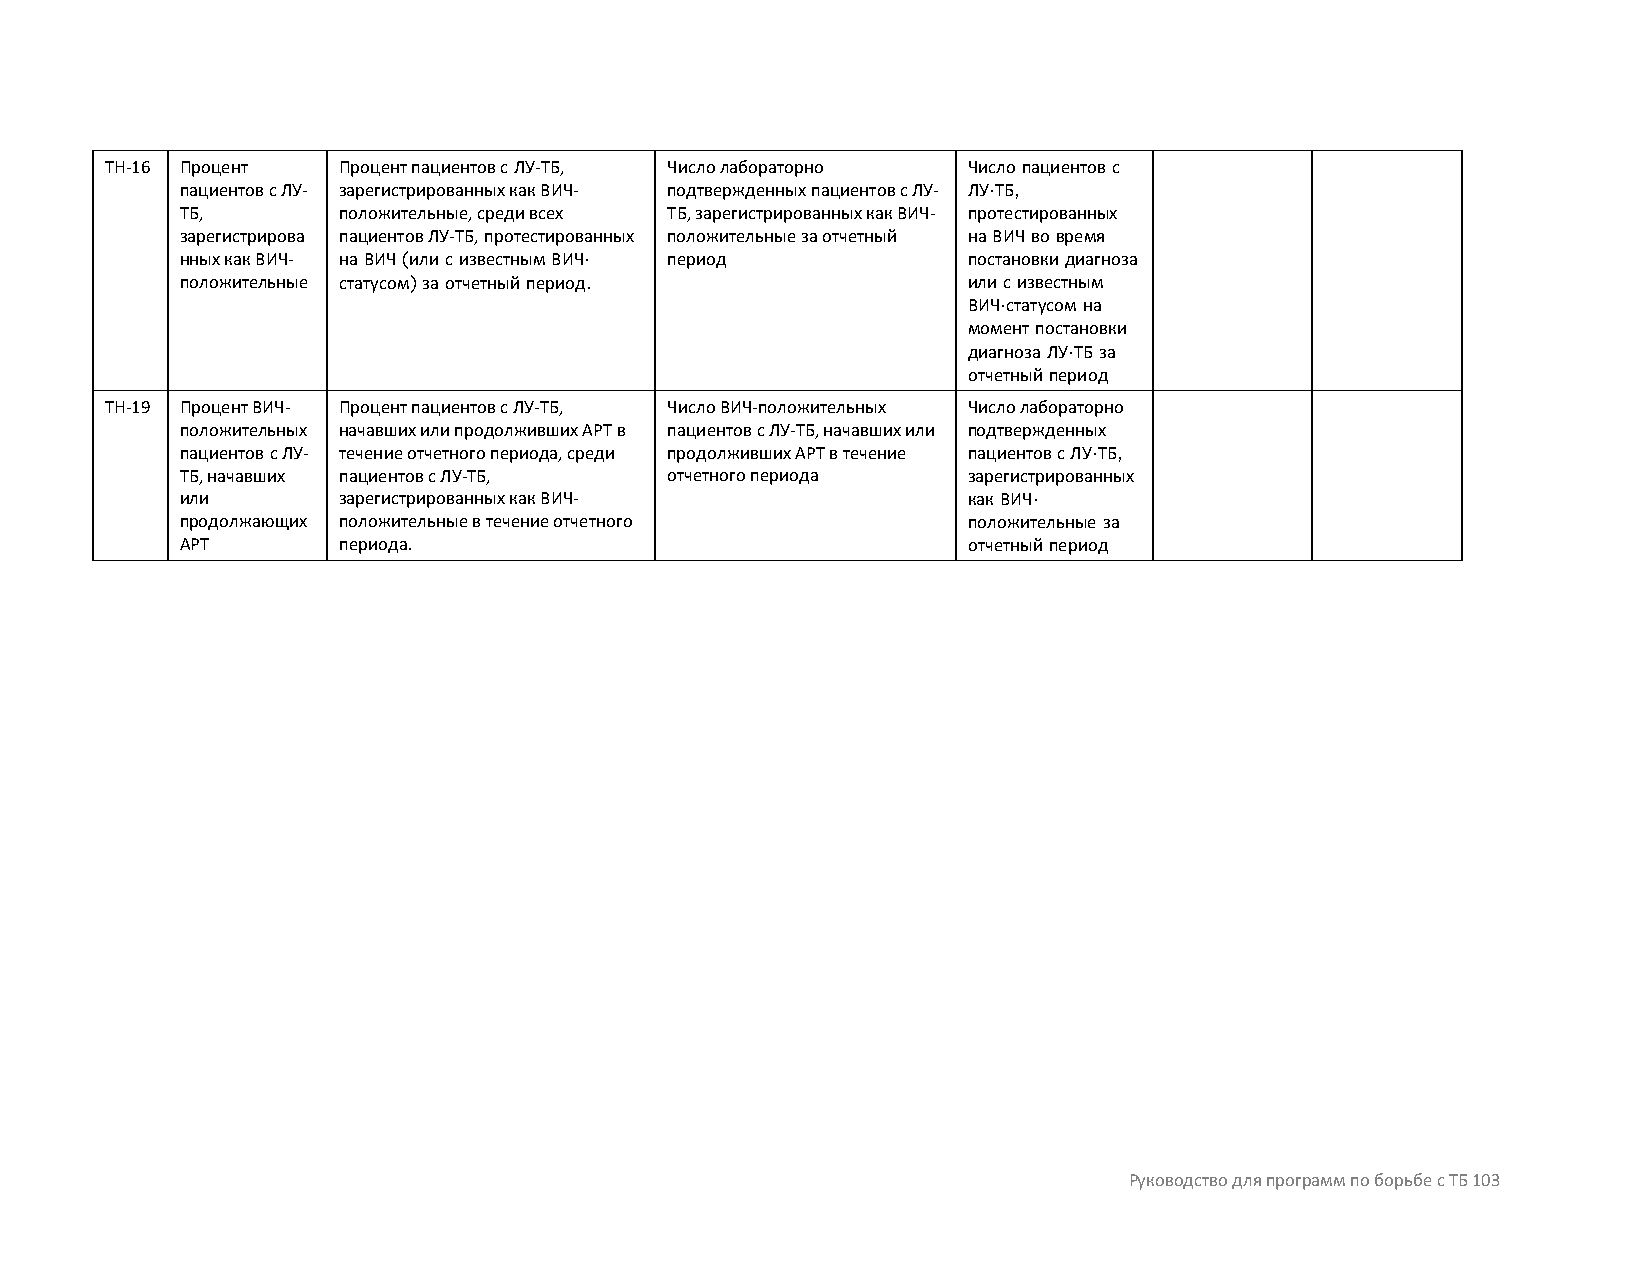
TH-16 Процент  Процент пациентов с ЛУ-ТБ, Число лабораторно Число пациентов с
 пациентов с ЛУ- зарегистрированных как ВИЧ- подтвержденных пациентов с ЛУ- ЛУ-ТБ,
 ТБ,       положительные, среди всех ТБ, зарегистрированных как ВИЧ- протестированных
 зарегистрирова пациентов ЛУ-ТБ, протестированных положительные за отчетный на ВИЧ во время
 нных как ВИЧ- на ВИЧ (или с известным ВИЧ- период   постановки диагноза
 положительные статусом) за отчетный период.         или с известным
 ВИЧ-статусом на
 момент постановки
 диагноза ЛУ-ТБ за
 отчетный период
 TH-19 Процент ВИЧ- Процент пациентов с ЛУ-ТБ, Число ВИЧ-положительных Число лабораторно
 положительных начавших или продолживших АРТ в пациентов с ЛУ-ТБ, начавших или подтвержденных
 пациентов с ЛУ- течение отчетного периода, среди продолживших АРТ в течение пациентов с ЛУ-ТБ,
 ТБ, начавших пациентов с ЛУ-ТБ, отчетного периода   зарегистрированных
 или       зарегистрированных как ВИЧ-               как ВИЧ-
 продолжающих положительные в течение отчетного      положительные за
 АРТ       периода.                                  отчетный период
 Руководство для программ по борьбе с ТБ 103